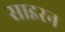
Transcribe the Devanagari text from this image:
साइरन